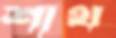
শাথ